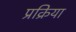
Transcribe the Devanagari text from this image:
प्रक्रिया